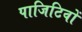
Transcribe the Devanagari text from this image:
पाजिटिवों